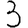
Digit: 3